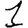
Digit: 1